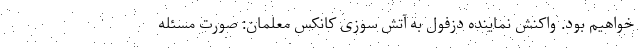
خواهیم بود. واکنش نماینده دزفول به آتش سوزی کانکس معلمان: صورت مسئله